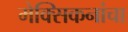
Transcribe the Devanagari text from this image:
मेक्सिकनांचा